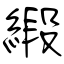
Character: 緞